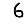
Digit: 6